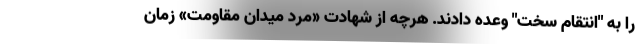
را به "انتقام سخت" وعده دادند. هرچه از شهادت «مرد میدان مقاومت» زمان